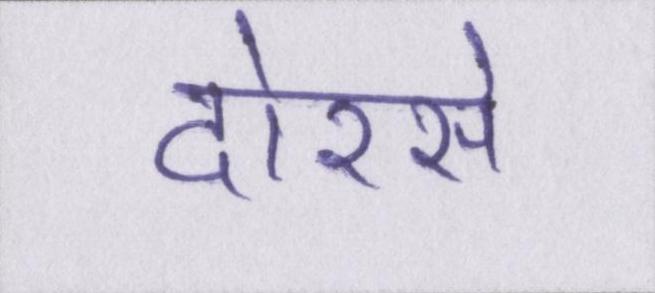
दोरसे